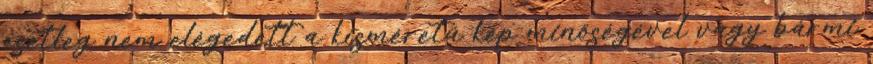
esetleg nem elégedett a kisméretű kép minőségével vagy bármi